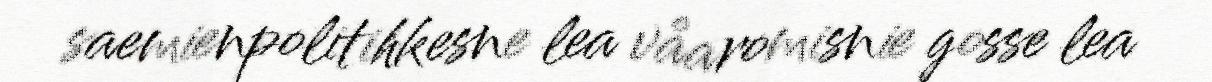
saemienpolitihkesne lea våaromisnie gosse lea